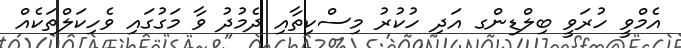
އެމްވީ ހުރަވީ ބިލްޑިންގ އަދި ހުކުރު މިސްކިތާއި ދެމުދު ވާ މަގުގައި ވެހިކަލްތަކެއް